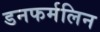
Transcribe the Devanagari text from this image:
डनफर्मलिन